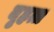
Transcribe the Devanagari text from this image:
बृहत्त